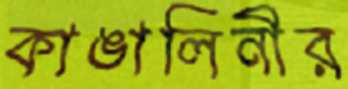
কাঙালিনীর